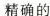
精确的